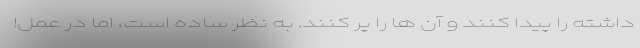
داشته را پیدا کنند و آن ها را پر کنند. به نظر ساده است، اما در عمل!